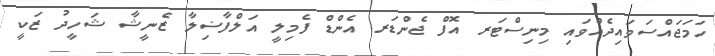
ހަމަޖައްސަވައިދެއްވައި މިނިސްޓަރ އޮފް ޖެންޑަރ އެންޑް ފެމިލީ އަލްފާޟިލާ ޒެނީޝާ ޝަހީދު ޒަކީ